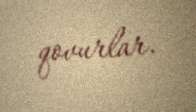
qovurlar.